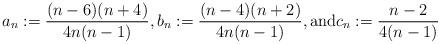
LaTeX: \begin{align*}a_n:=\frac{(n-6)(n+4)}{4 n(n-1)}, b_n:=\frac{(n-4)(n+2)}{4n(n-1)}, {\rm and} c_n:=\frac{n-2}{4(n-1)}\end{align*}